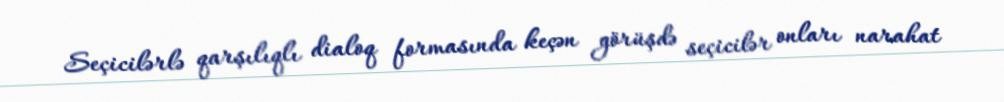
Seçicilərlə qarşılıqlı dialoq formasında keçən görüşdə seçicilər onları narahat